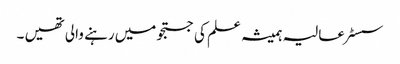
سسٹر عالیہ ہمیشہ علم کی جستجو میں رہنے والی تھیں ۔